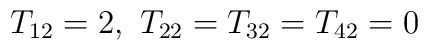
T_{12}=2, \ T_{22}=T_{32}=T_{42}=0